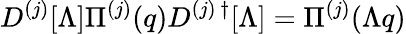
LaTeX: D^{(j)}[\Lambda]\Pi^{(j)}(q)D^{(j)\, \dagger}[\Lambda]=\Pi^{(j)}(\Lambda q)